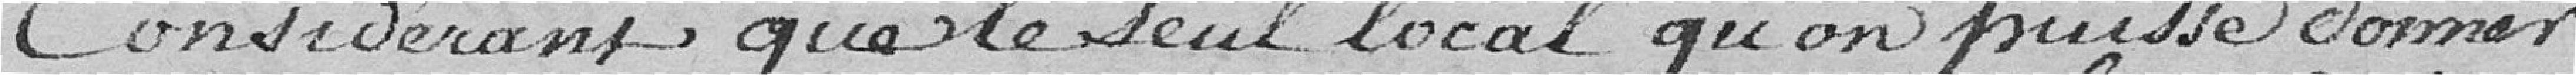
Considérant que le seul local qu'on puisse donner